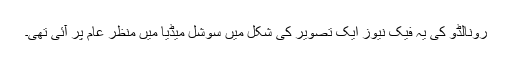
رونالڈو کی یہ فیک نیوز ایک تصویر کی شکل میں سوشل میڈیا میں منظر عام پر آئی تھی۔